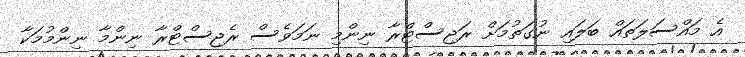
އެ މައްސަލަތައް ބަލައި ނުގަތުމަށް ރަޖިސްޓްރާ ނިންމި ނަމަވެސް ރެޖިސްޓްރާ ނިންމާ ނިންމުމަކާ